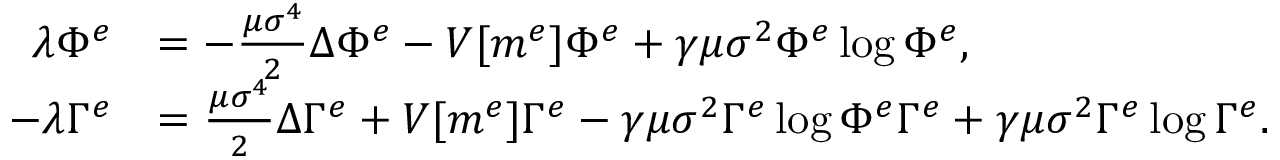
\begin{array} { r l } { \lambda \Phi ^ { e } } & { = - \frac { \mu \sigma ^ { 4 } } { 2 } \Delta \Phi ^ { e } - V [ m ^ { e } ] \Phi ^ { e } + \gamma \mu \sigma ^ { 2 } \Phi ^ { e } \log { \Phi ^ { e } } , } \\ { - \lambda \Gamma ^ { e } } & { = \frac { \mu \sigma ^ { 4 } } { 2 } \Delta \Gamma ^ { e } + V [ m ^ { e } ] \Gamma ^ { e } - \gamma \mu \sigma ^ { 2 } \Gamma ^ { e } \log { \Phi ^ { e } \Gamma ^ { e } } + \gamma \mu \sigma ^ { 2 } \Gamma ^ { e } \log { \Gamma ^ { e } } . } \end{array}